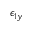
\epsilon _ { 1 y }